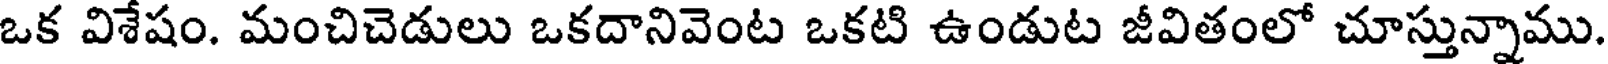
ఒక విశేషం. మంచిచెడులు ఒకదానివెంట ఒకటి ఉండుట జీవితంలో చూస్తున్నాము